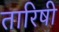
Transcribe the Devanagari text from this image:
तारिषी